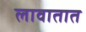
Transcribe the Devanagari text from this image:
लावातात